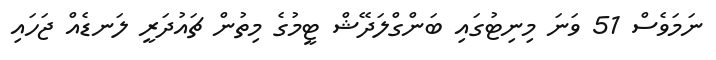
ނަމަވެސް 51 ވަނަ މިނިޓުގައި ބަންގްލަދޭޝް ޓީމުގެ މިތުން ޗައުދަރީ ލަނޑެއް ޖަހައި